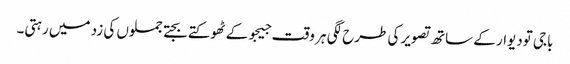
باجی تودیوار کے ساتھ تصویر کی طرح لگی ہر وقت جیجو کے ٹھوکتے بجتے جملوں کی زد میں رہتی۔